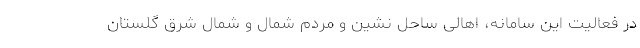
در فعالیت این سامانه، اهالی ساحل نشین و مردم شمال و شمال شرق گلستان